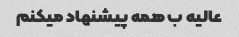
عالیه ب همه پیشنهاد میکنم